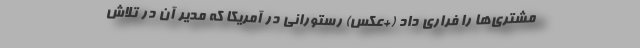
مشتری‌ها را فراری داد (+عکس) رستورانی در آمریکا که مدیر آن در تلاش